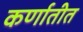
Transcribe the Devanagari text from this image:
कर्णातीत